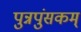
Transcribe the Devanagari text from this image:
पुन्नपुंसकम्‌